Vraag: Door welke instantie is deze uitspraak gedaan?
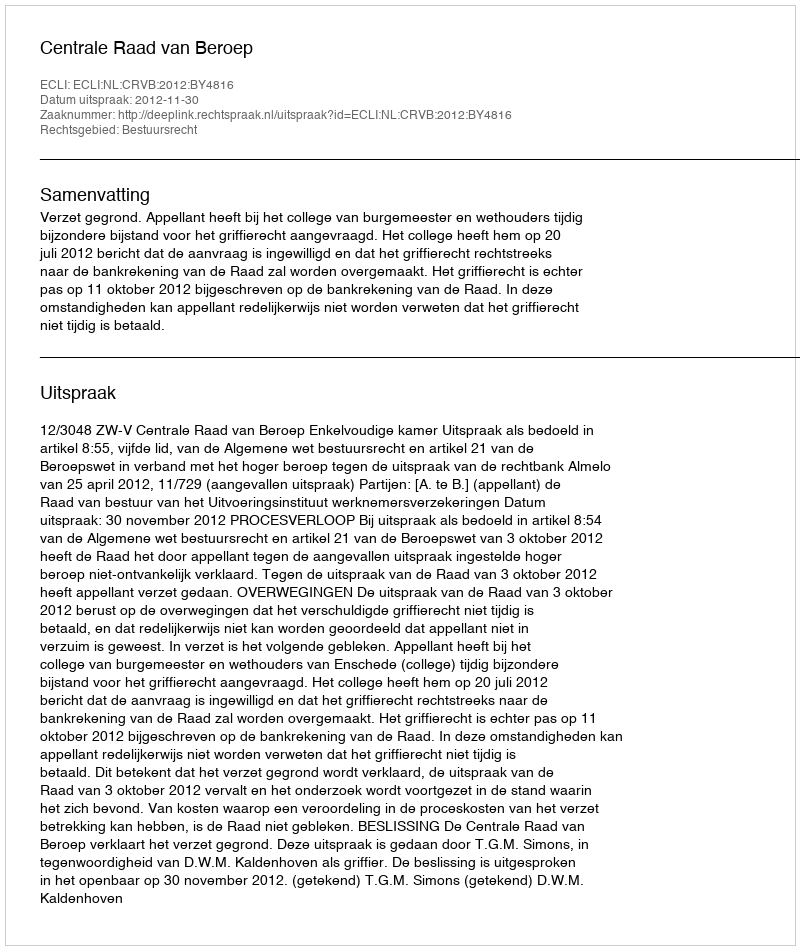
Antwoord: Centrale Raad van Beroep